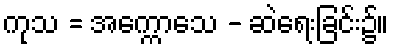
ကုသ = အက္ကောသေ - ဆဲရေးခြင်း၌။